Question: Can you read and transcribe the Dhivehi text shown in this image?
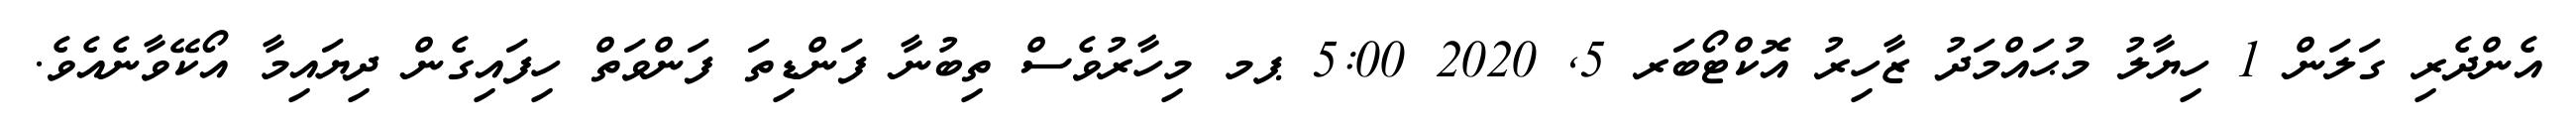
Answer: އެންދެރި ގަލަން 1 ހިޔާލު މުޙައްމަދު ޒާހިރު އޮކްޓޯބަރ 5, 2020 5:00 ޕމ މިހާރުވެސް ތިބުނާ ފަންޑިތަ ފަންވަތް ހިފައިގެން ދިޔައިމާ އޯކޭވާނެއެވެ.